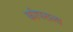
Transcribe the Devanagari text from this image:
कोपराला